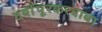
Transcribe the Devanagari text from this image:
दर्यापूरकरबाबा